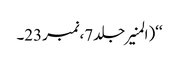
‘‘(المنیرجلد7،نمبر23۔